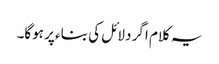
یہ کلام اگر دلائل کی بناء پر ہوگا۔